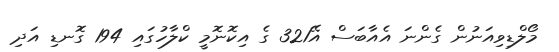
މޯލްޑިވިއަނުން ގެންނަ އެއާބަސް އޭ321 ގެ އިކޮނޮމީ ކްލާހުގައި 194 ގޮނޑި އަދި